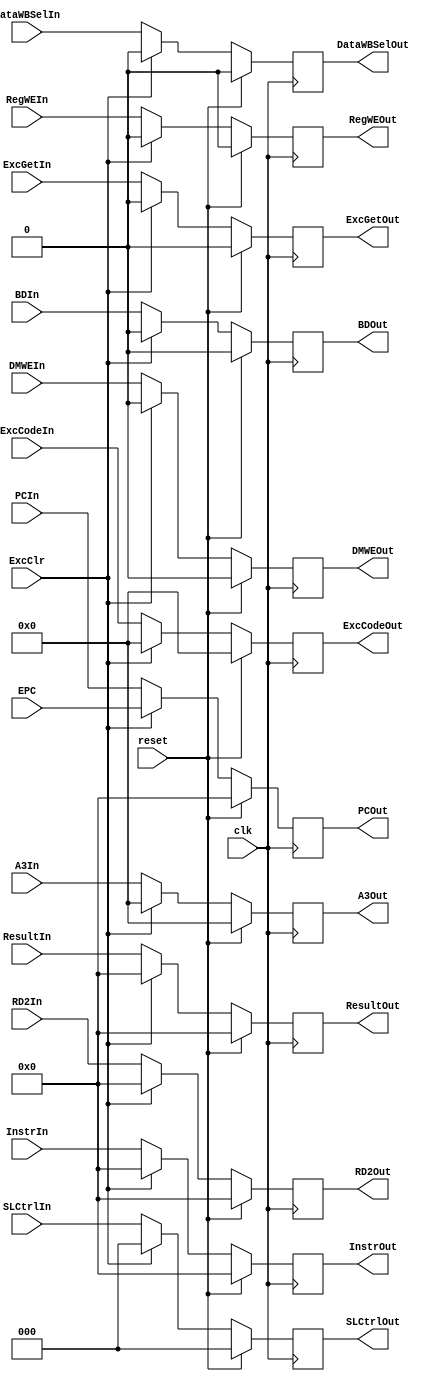
`timescale 1ns / 1ps
//////////////////////////////////////////////////////////////////////////////////
// Company: 
// Engineer: 
// 
// Design Name: 
// Module Name:    EMreg 
// Project Name: 
// Target Devices: 
// Tool versions: 
// Description: 
//
// Dependencies: 
//
// Revision: 
// Revision 0.01 - File Created
// Additional Comments: 
//
//////////////////////////////////////////////////////////////////////////////////
module EMreg(
	input clk,
	input reset,
	input ExcClr,
	//Data	
	input [31:0] ResultIn,
	input [31:0] RD2In,
	input [4:0] A3In,
	output [31:0] ResultOut,
	output [31:0] RD2Out,
	output [4:0] A3Out,
	//Ctrl
	input DMWEIn,
	input DataWBSelIn,
	input RegWEIn,
	input [2:0] SLCtrlIn,
    
	output DMWEOut,
	output DataWBSelOut,
	output RegWEOut,
	output [2:0] SLCtrlOut,
	
	//Instr
	input [31:0] InstrIn,
	output [31:0] InstrOut,
	
	//Exc
	
	input BDIn,
	output BDOut,
	
	input ExcGetIn,
	input [4:0] ExcCodeIn,
	output ExcGetOut,
	output [4:0]ExcCodeOut,
	
	//PC
	input [31:0] PCIn,
	output [31:0] PCOut,
	
	input [31:0] EPC
    );
	
	reg [31:0] Result=0, RD2=0;
	reg [4:0] A3=0;
	
	assign ResultOut=Result;
	assign RD2Out=RD2;
	assign A3Out=A3;
	
	reg DMWE=0,DataWBSel=0,RegWE=0;
	reg [2:0] SLCtrl=0;
	
	assign DMWEOut=DMWE;
	assign DataWBSelOut=DataWBSel;
	assign RegWEOut=RegWE;
	assign SLCtrlOut=SLCtrl;
	
	reg [31:0] Instr=0;
	assign InstrOut=Instr;
	
	reg BD=0;
	assign BDOut=BD;
	
	reg ExcGet=0;
	reg [4:0] ExcCode=0;
	assign ExcGetOut=ExcGet;
	assign ExcCodeOut=ExcCode;
	
	reg [31:0] PC=0;
	assign PCOut=PC;
	
	always @(posedge clk)
	begin
		if(reset)
		begin
			Result<=0;
			RD2<=0;
			A3<=0;
			DMWE<=0;
			DataWBSel<=0;
			RegWE<=0;
			SLCtrl<=0;
			Instr<=0;
			BD<=0;
			ExcGet<=0;
			ExcCode<=0;
			PC<=0;
		end
		else if(ExcClr)
		begin
			Result<=0;
			RD2<=0;
			A3<=0;
			DMWE<=0;
			DataWBSel<=0;
			RegWE<=0;
			SLCtrl<=0;
			Instr<=0;
			BD<=0;
			ExcGet<=0;
			ExcCode<=0;
			PC<=EPC;
		end
		else
		begin
			Result<=ResultIn;
			RD2<=RD2In;
			A3<=A3In;
			DMWE<=DMWEIn;
			DataWBSel<=DataWBSelIn;
			RegWE<=RegWEIn;
			SLCtrl<=SLCtrlIn;
			Instr<=InstrIn;
			BD<=BDIn;
			ExcGet<=ExcGetIn;
			ExcCode<=ExcCodeIn;
			PC<=PCIn;
		end
	end

endmodule